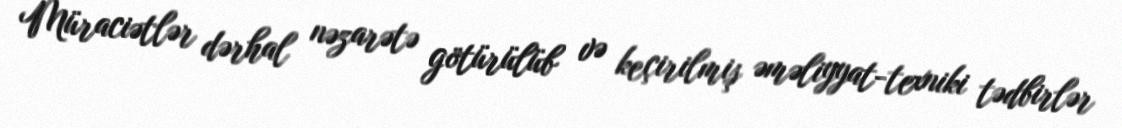
Müraciətlər dərhal nəzarətə götürülüb və keçirilmiş əməliyyat-texniki tədbirlər